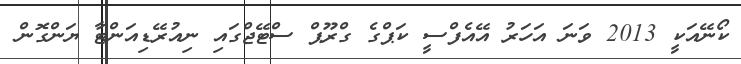
ކޯނޭއަކީ 2013 ވަނަ އަހަރު އޭއެފްސީ ކަޕްގެ ގްރޫޕް ސްޓޭޖްގައި ނިއުރޭޑިއަންޓާ ޔަންގޮން